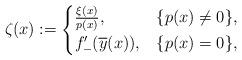
LaTeX: \begin{align*}\zeta(x):=\begin{cases}\frac{\xi(x)}{p(x)}, & \{p(x)\ne 0\},\\f_{-}'(\overline{y}(x)), & \{p(x)= 0\},\end{cases}\end{align*}